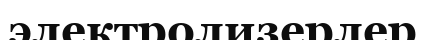
электролизерлер